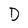
Character: D